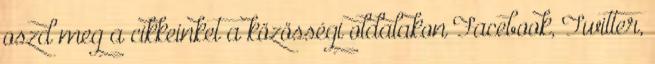
oszd meg a cikkeinket a közösségi oldalakon Facebook, Twitter,